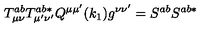
T _ { \mu \nu } ^ { a b } T _ { \mu ^ { \prime } \nu ^ { \prime } } ^ { a b * } Q ^ { \mu \mu ^ { \prime } } ( k _ { 1 } ) g ^ { \nu \nu ^ { \prime } } = S ^ { a b } S ^ { a b * }